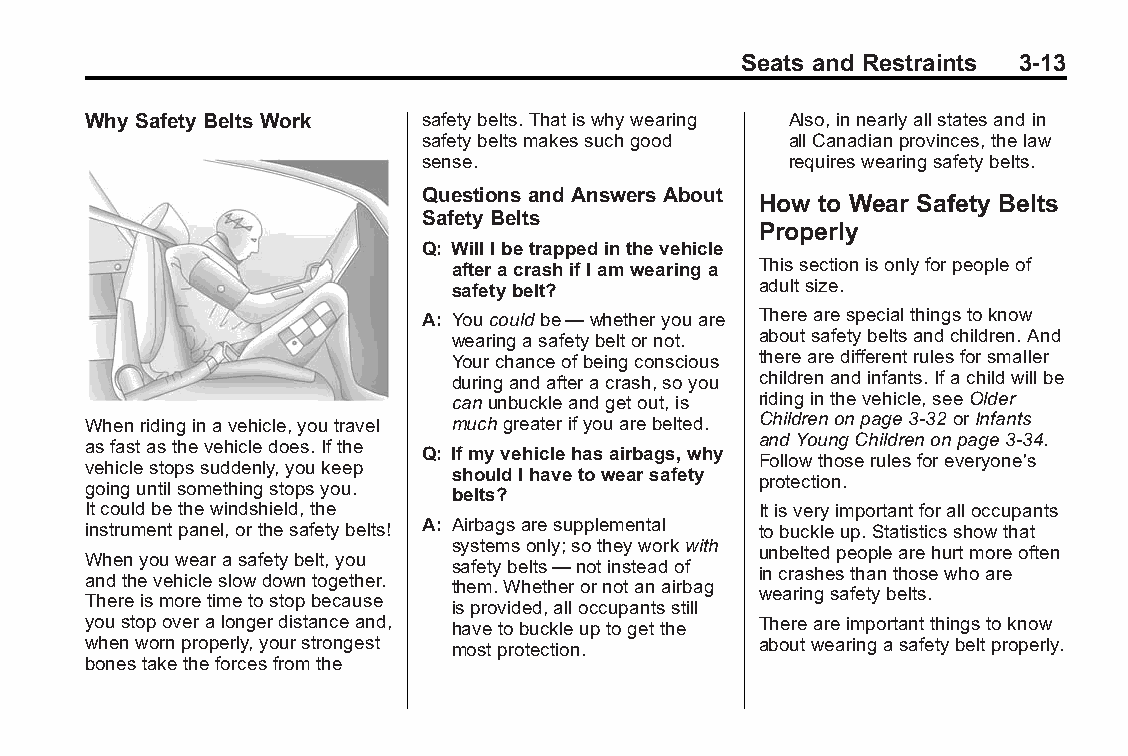
Buick LaCrosse Owner Manual (GMNA-Localizing-U.S./Canada/Mexico- Blackplate(13,1)
 6043609)-2014-2ndEdition-10/17/13
 Seats and Restraints 3-13
 WhySafety Belts Work   safetybelts.Thatiswhywearing Also,innearlyallstatesandin
 safetybeltsmakessuchgood allCanadianprovinces,thelaw
 sense.                  requireswearingsafetybelts.
 Questions andAnswers About
 How to Wear Safety Belts
 Safety Belts
 Properly
 Q: WillIbetrappedinthevehicle
 afteracrashifIamwearinga Thissectionisonlyforpeopleof
 safetybelt?         adultsize.
 A: Youcouldbe—whetheryouare Therearespecialthingstoknow
 wearingasafetybeltornot. aboutsafetybeltsandchildren.And
 Yourchanceofbeingconscious therearedifferentrulesforsmaller
 duringandafteracrash,soyou childrenandinfants.Ifachildwillbe
 canunbuckleandgetout,is ridinginthevehicle,seeOlder
 Whenridinginavehicle,youtravel muchgreaterifyouarebelted. Childrenonpage3-32orInfants
 andYoungChildrenonpage3-34.
 asfastasthevehicledoes.Ifthe
 Q: Ifmyvehiclehasairbags,why
 Followthoserulesforeveryone's
 vehiclestopssuddenly,youkeep
 shouldIhavetowearsafety
 protection.
 goinguntilsomethingstopsyou.
 belts?
 Itcouldbethewindshield,the                   Itisveryimportantforalloccupants
 instrumentpanel,orthesafetybelts! A: Airbagsaresupplemental tobuckleup.Statisticsshowthat
 systemsonly;sotheyworkwith
 unbeltedpeoplearehurtmoreoften
 Whenyouwearasafetybelt,you
 safetybelts—notinsteadof
 incrashesthanthosewhoare
 andthevehicleslowdowntogether.
 them.Whetherornotanairbag
 wearingsafetybelts.
 Thereismoretimetostopbecause
 isprovided,alloccupantsstill
 youstopoveralongerdistanceand, havetobuckleuptogetthe Thereareimportantthingstoknow
 whenwornproperly,yourstrongest mostprotection. aboutwearingasafetybeltproperly.
 bonestaketheforcesfromthe